65_HS1-834228961_62-HQ-83894_Section_4
Agency: FBI
Page 211
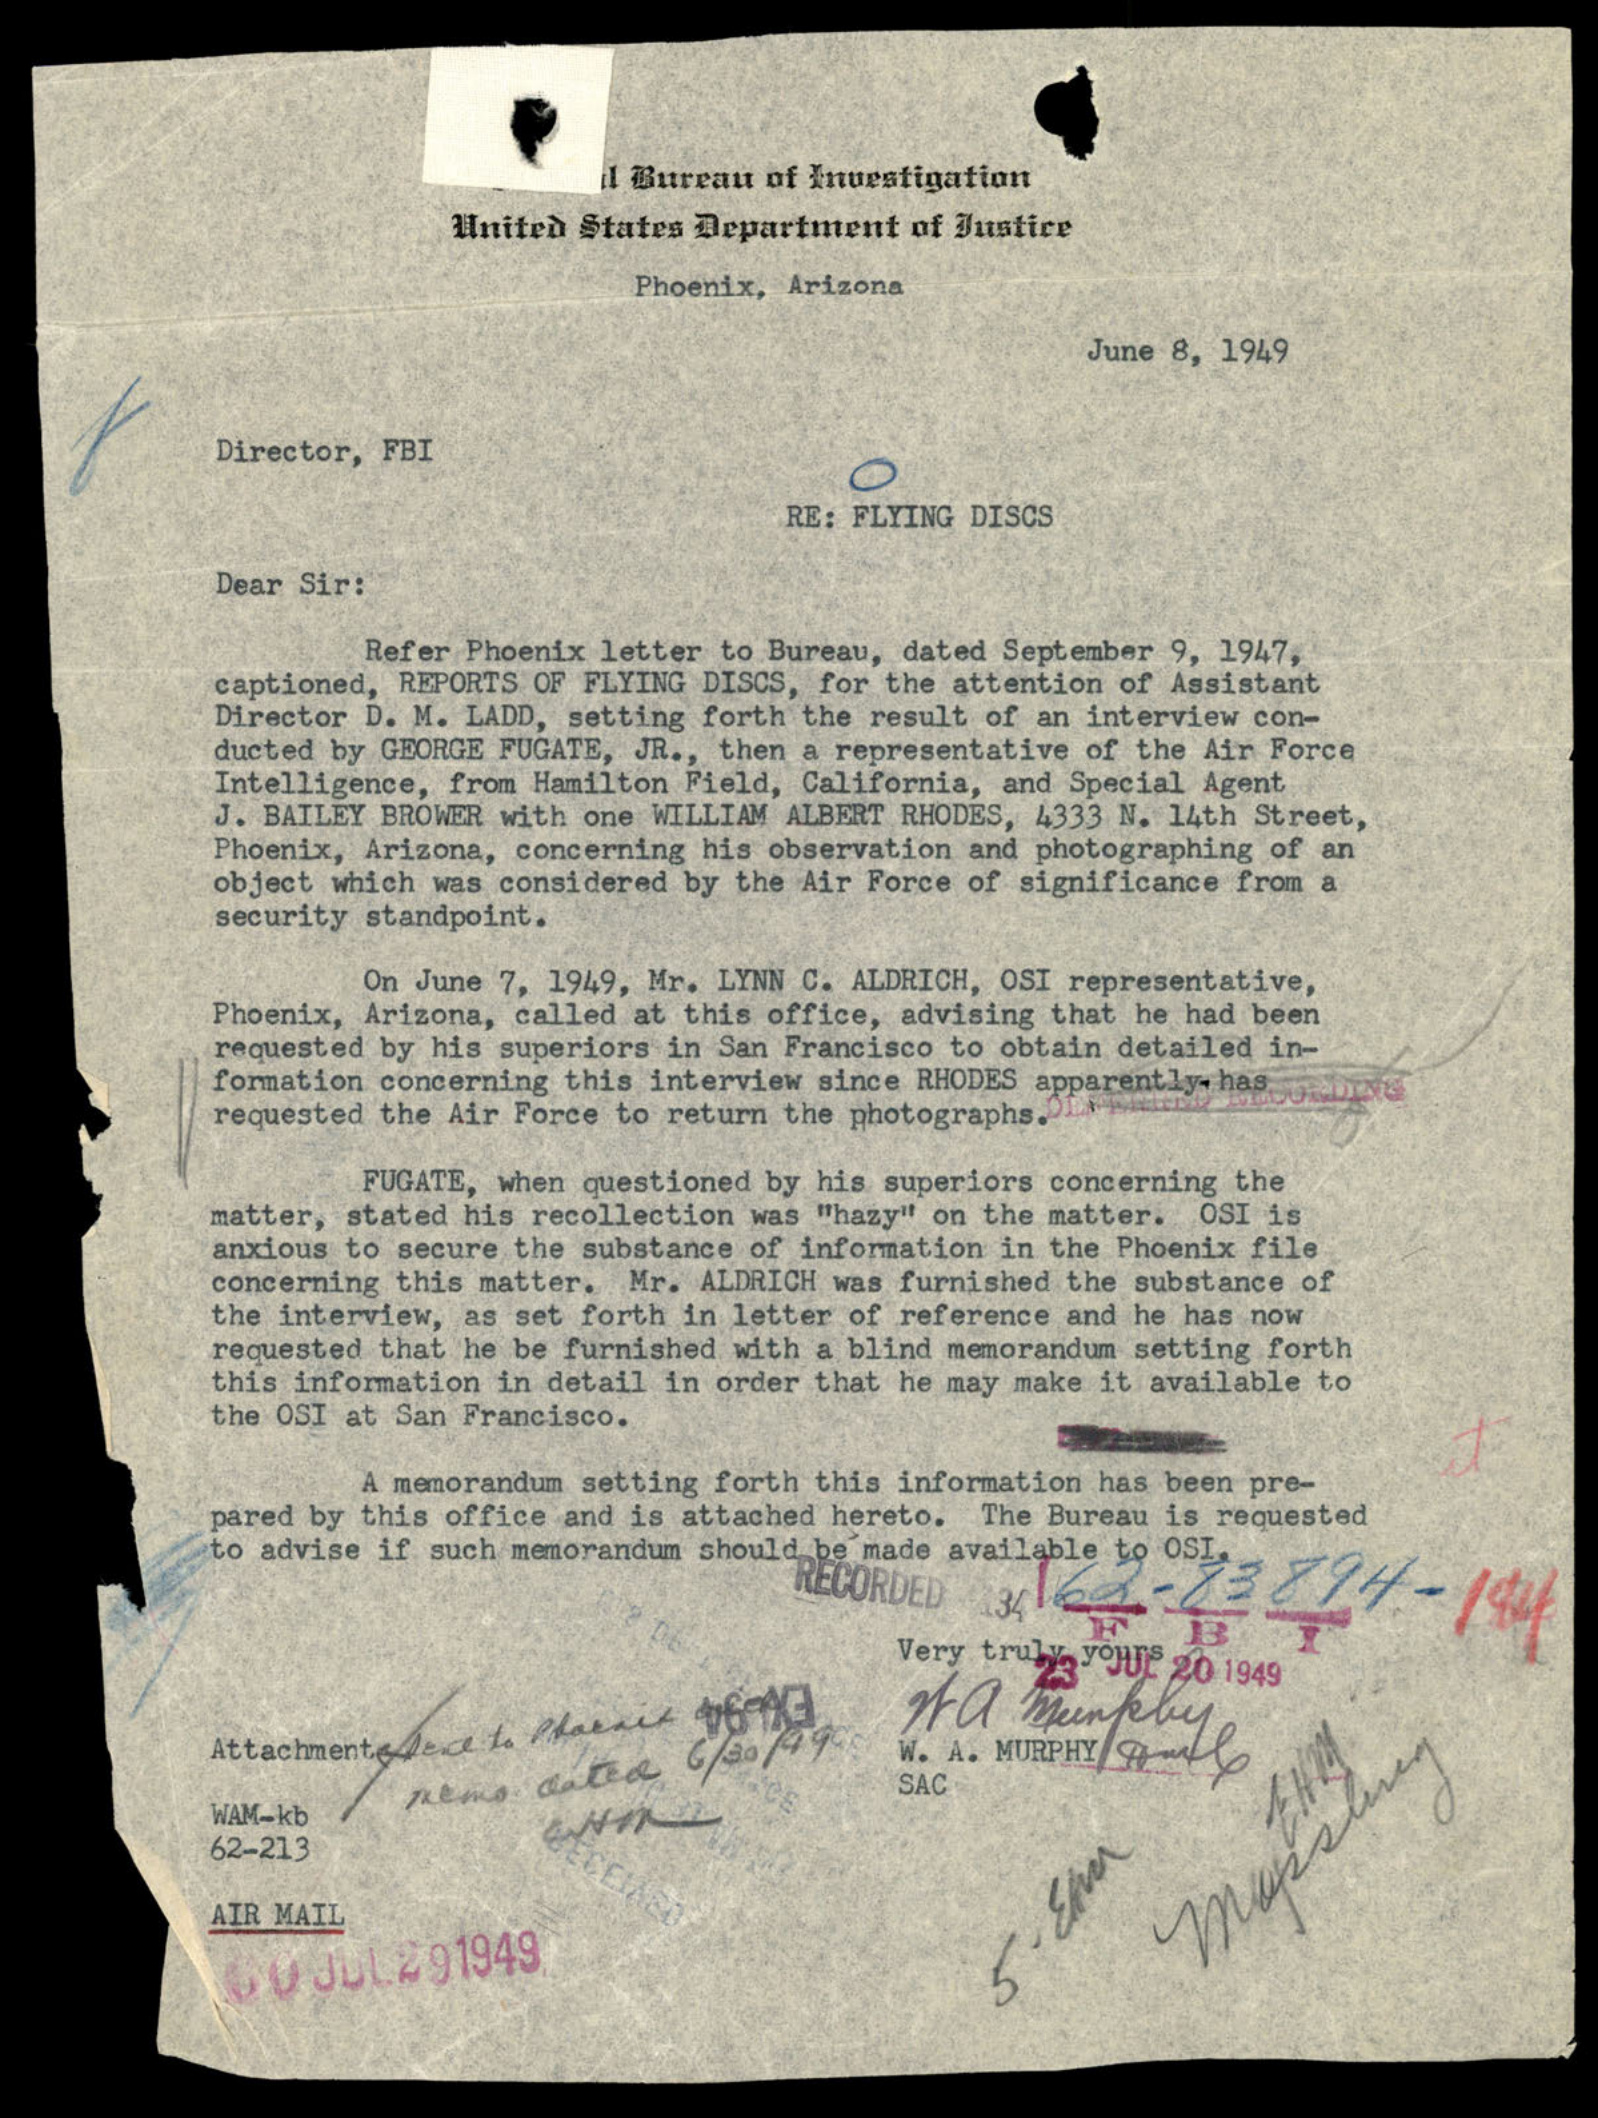